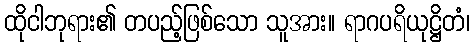
ထိုငါဘုရား၏ တပည့်ဖြစ်သော သူအား။ ရာဂပရိယုဋ္ဌိတံ၊